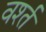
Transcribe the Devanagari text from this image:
वर्श्त